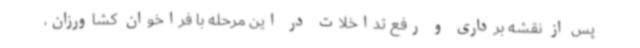
پس از نقشه برداری و رفع تداخلات در این مرحله با فراخوان کشاورزان،